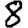
Digit: 8